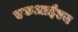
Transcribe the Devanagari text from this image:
एफआईएम